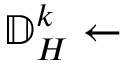
\mathbb { D } _ { H } ^ { k } \gets